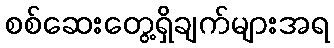
စစ်ဆေးတွေ့ရှိချက်များအရ